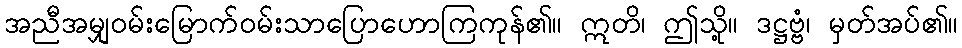
အညီအမျှဝမ်းမြောက်ဝမ်းသာပြောဟောကြကုန်၏။ ဣတိ၊ ဤသို့။ ဒဋ္ဌဗ္ဗံ၊ မှတ်အပ်၏။